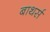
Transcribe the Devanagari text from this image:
बाथर्स